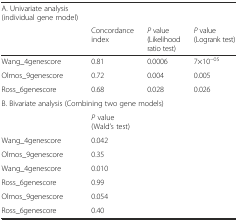
| A. Univariate analysis (individual gene model) |  |  |  |
 |  | Concordance index | P value (Likelihood ratio test) | P value (Logrank test) |
 | --- | --- | --- | --- |
 | Wang_4genescore | 0.81 | 0.0006 | 7×10−05 |
 | Olmos_9genescore | 0.72 | 0.004 | 0.005 |
 | Ross_6genescore | 0.68 | 0.028 | 0.026 |
 | <COLSPAN=4> B. Bivariate analysis (Combining two gene models) |
 |  | P value (Wald’s test) |  |  |
 | Wang_4genescore | 0.042 |  |  |
 | Olmos_9genescore | 0.35 |  |  |
 | Wang_4genescore | 0.010 |  |  |
 | Ross_6genescore | 0.99 |  |  |
 | Olmos_9genescore | 0.054 |  |  |
 | Ross_6genescore | 0.40 |  |  |